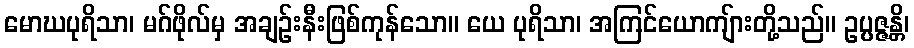
မောဃပုရိသာ၊ မဂ်ဖိုလ်မှ အချဉ်းနီးဖြစ်ကုန်သော။ ယေ ပုရိသာ၊ အကြင်ယောကျ်ားတို့သည်။ ဥပ္ပဇ္ဇန္တိ၊